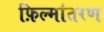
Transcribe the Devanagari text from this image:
फ़िल्मांतरण